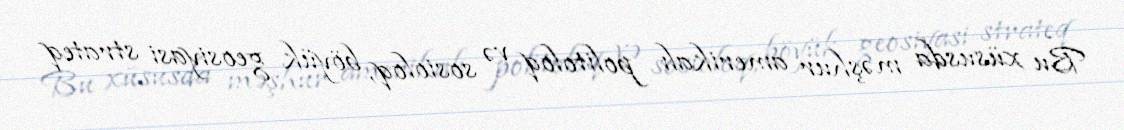
Bu xüsusda məşhur amerikalı politoloq və sosioloq, böyük geosiyasi strateq